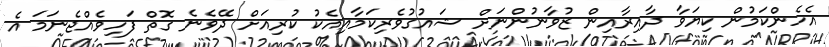
އެހެންކަމުން ކިޔަވާ ދާއިރާއިން ޒުވާނުންނަށް ޝައުގުވެރިކަމާއިއެކު ކުރިއަށް ދޭވެނެ ގޮތް ފަހިވެއްޖެނަމަ އެ